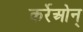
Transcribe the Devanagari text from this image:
कर्रेओन्